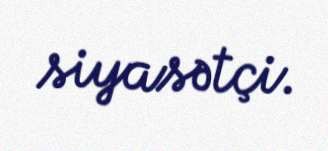
siyasətçi.